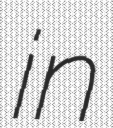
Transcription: in